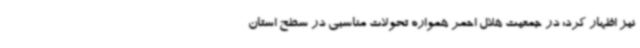
نیز اظهار کرد: در جمعیت هلال احمر همواره تحولات مناسبی در سطح استان